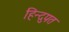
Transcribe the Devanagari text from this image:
हिन्दुपत